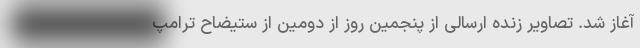
آغاز شد. تصاویر زنده ارسالی از پنجمین روز از دومین از ستیضاح ترامپ